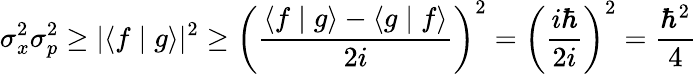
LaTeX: \sigma_{x}^{2}\sigma_{p}^{2}\geq|\langle f\mid g\rangle|^{2}\geq\left({\frac{\langle f\mid g\rangle-\langle g\mid f\rangle}{2i}}\right)^{2}=\left({\frac{i\hbar}{2i}}\right)^{2}={\frac{\hbar^{2}}{4}}